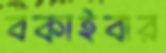
বকাইবার